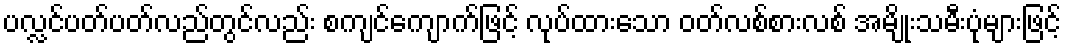
ပလ္လင်ပတ်ပတ်လည်တွင်လည်း စကျင်ကျောက်ဖြင့် လုပ်ထားသော ဝတ်လစ်စားလစ် အမျိုးသမီးပုံများဖြင့်